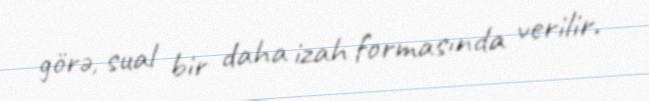
görə, sual bir daha izah formasında verilir.